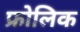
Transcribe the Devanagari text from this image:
फ्रोलिक